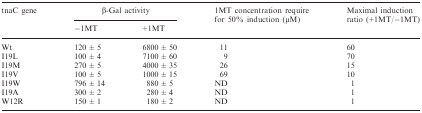
<table><thead><tr><td><b>tnaC gene</b></td><td colspan="2"><b>β-Gal activity</b></td><td><b>1MT concentration require for 50% induction (μM)</b></td><td><b>Maximal induction ratio (+1MT/−1MT)</b></td></tr><tr><td></td><td><b>−1MT</b></td><td><b>+1MT</b></td><td></td><td></td></tr></thead><tbody><tr><td>Wt</td><td>120 ± 5</td><td>6800 ± 50</td><td>11</td><td>60</td></tr><tr><td>I19L</td><td>100 ± 4</td><td>7100 ± 60</td><td>9</td><td>70</td></tr><tr><td>I19M</td><td>270 ± 5</td><td>4000 ± 35</td><td>26</td><td>15</td></tr><tr><td>I19V</td><td>100 ± 5</td><td>1000 ± 15</td><td>69</td><td>10</td></tr><tr><td>I19W</td><td>796 ± 14</td><td>880 ± 5</td><td>ND</td><td>1</td></tr><tr><td>I19A</td><td>300 ± 2</td><td>280 ± 4</td><td>ND</td><td>1</td></tr><tr><td>W12R</td><td>150 ± 1</td><td>180 ± 2</td><td>ND</td><td>1</td></tr></tbody></table>